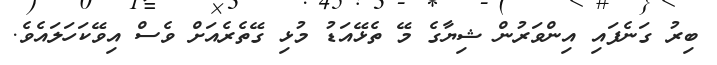
ބިރު ގަނެފައި އިންވަރުން ޝިޔާގެ މޭ ތެޅޭއަޑު މުޅި ގޭތެރެއަށް ވެސް އިވޭކަހަލައެވެ.